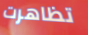
تظاهرت